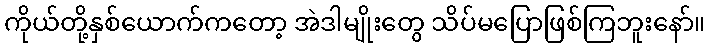
ကိုယ်တို့နှစ်ယောက်ကတော့ အဲဒါမျိုးတွေ သိပ်မပြောဖြစ်ကြဘူးနော်။